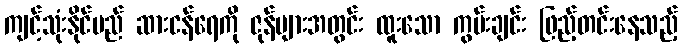
ကျင့်သုံးနိုင်မည် ဆားငန်ရေကို ဇုန်များအတွင်း ထူးသော ကွမ်းချင်း ဖြည့်တင်းနေသည့်